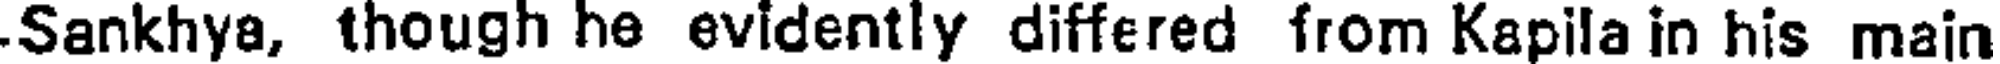
Sankhya, though he evidently differed from Kapila in his main